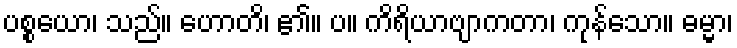
ပစ္စယော၊ သည်။ ဟောတိ၊ ၏။ ပ။ ကိရိယာဗျာကတာ၊ ကုန်သော။ ဓမ္မာ၊